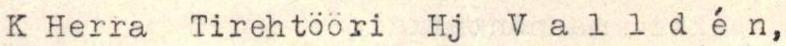
K Herra Tirehtööri Hj  Valldén,